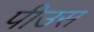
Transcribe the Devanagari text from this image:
पीउस